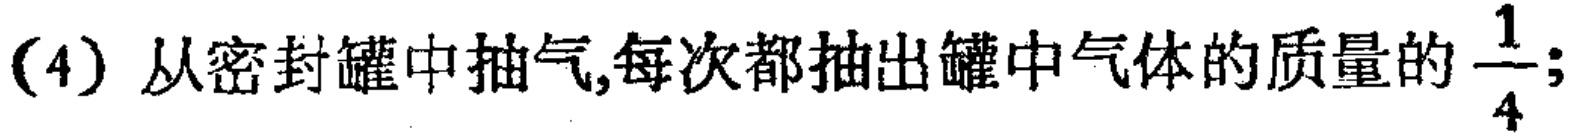
(4) 从密封罐中抽气,每次都抽出罐中气体的质量的$\dfrac{1}{4}$;